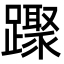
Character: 䠫